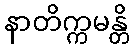
နာတိက္ကမန္တိ